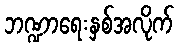
ဘဏ္ဍာရေးနှစ်အလိုက်